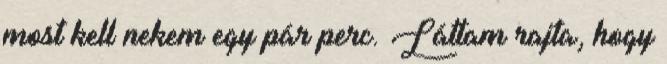
most kell nekem egy pár perc. Láttam rajta, hogy